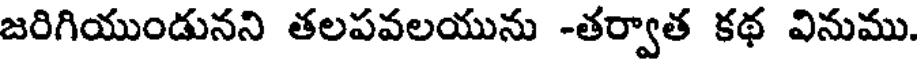
జరిగియుండునని తలపవలయును -తర్వాత కథ వినుము.